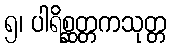
၅၊ ပါရိစ္ဆတ္တကသုတ္တ